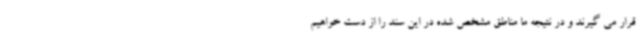
قرار می گیرند و در نتیجه ما مناطق مشخص شده در این سند را از دست خواهیم